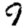
Digit: 9